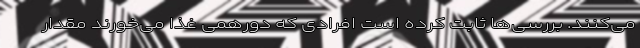
می‌کنند. بررسی‌ها ثابت کرده است افرادی که دورهمی غذا می‌خورند مقدار